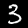
Label: 3